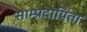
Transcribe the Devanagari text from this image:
साम्प्रदायिता